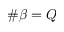
\# \beta = Q